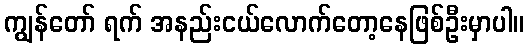
ကျွန်တော် ရက် အနည်းငယ်လောက်တော့နေဖြစ်ဦးမှာပါ။